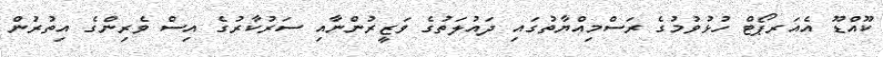
ކޫއްޑޫ އެއަރޕޯޓް ހުޅުވުމުގެ ރަސްމިއްޔާތުގައި ދައުލަތުގެ ވަޒީރުންނާއި ސަރުކާރުގެ އިސް ވެރިންގެ އިތުރުން